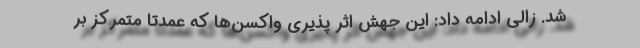
شد. زالی ادامه داد: این جهش اثر پذیری واکسن‌ها که عمدتا متمرکز بر